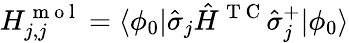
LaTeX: H_{j,j}^{\mathrm{~m~o~l~}}=\langle\phi_{0}|\hat{\sigma}_{j}\hat{H}^{\mathrm{~T~C~}}\hat{\sigma}_{j}^{+}|\phi_{0}\rangle